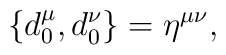
\{d_0^{\mu},d_0^{\nu}\} = \eta^{\mu \nu},